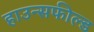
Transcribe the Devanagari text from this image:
हाउन्सफील्ड